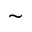
\sim